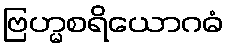
ဗြဟ္မစရိယောဂဓံ